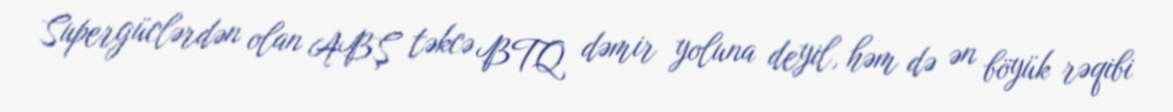
Supergüclərdən olan ABŞ təkcə BTQ dəmir yoluna deyil, həm də ən böyük rəqibi